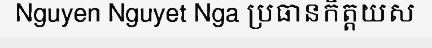
Nguyen Nguyet Nga ប្រធានកិត្តយស